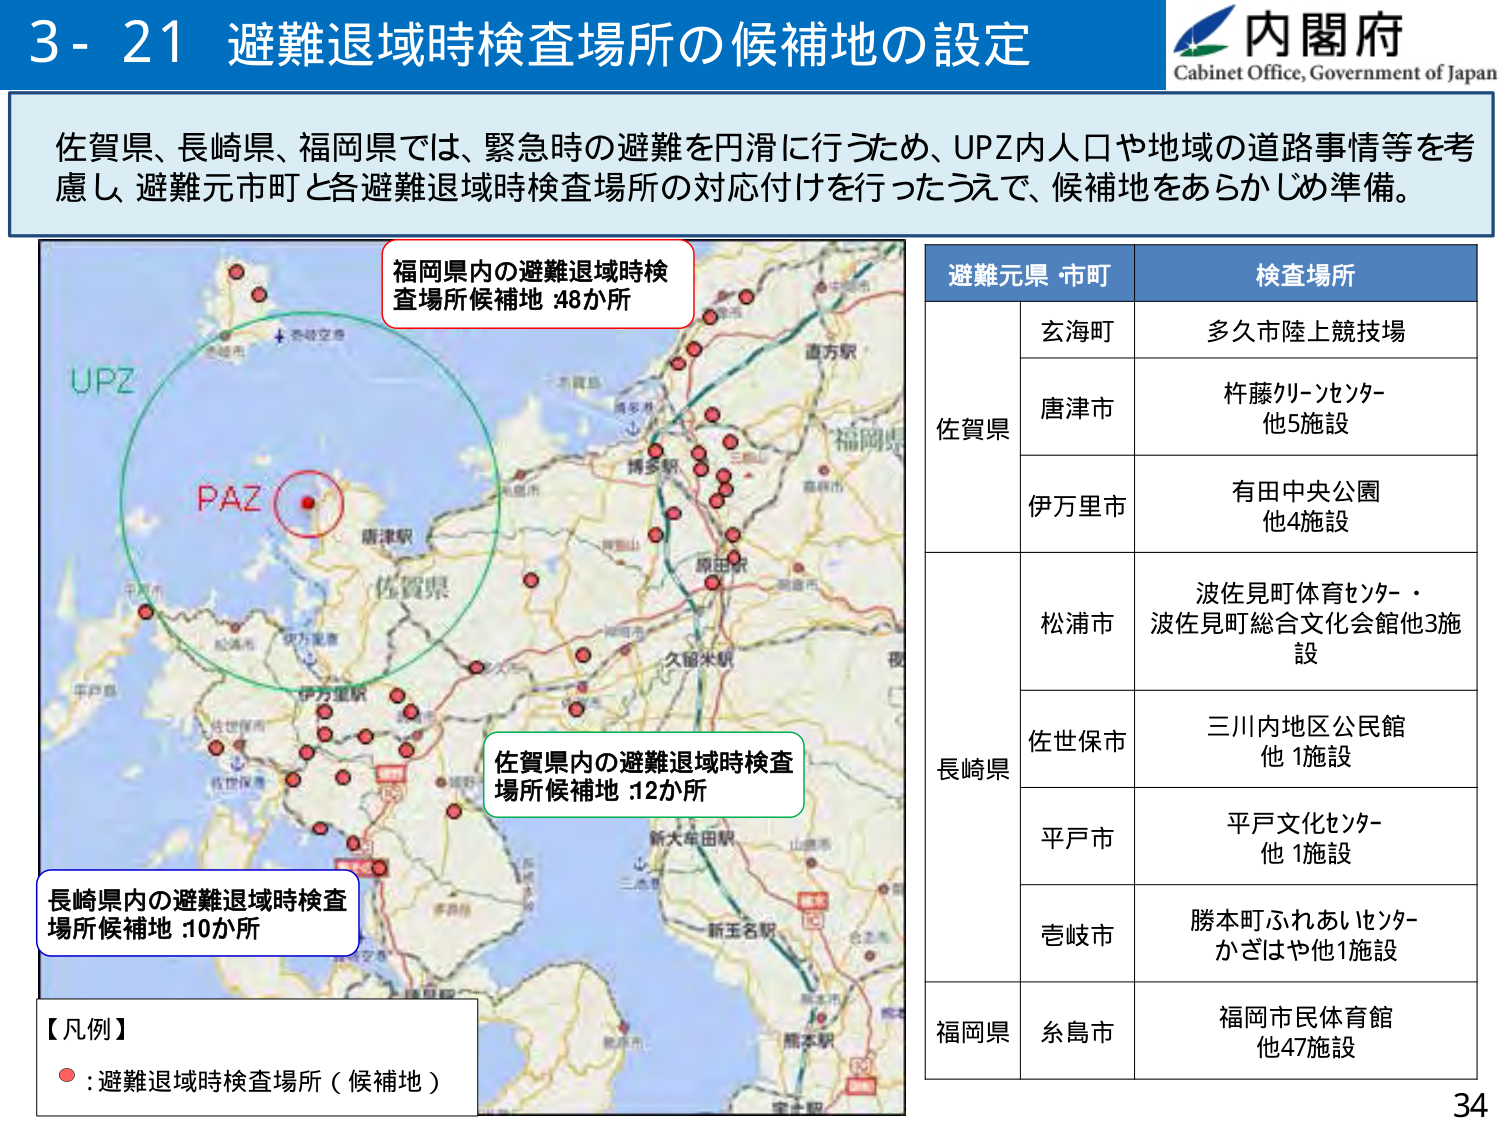
3 - 21 避難退域時検査場所の候補地の設定
内閣府
Cabinet Office, Government of Japan

佐賀県、長崎県、福岡県では、緊急時の避難を円滑に行うため、UPZ内人口や地域の道路事情等を考慮し、避難元市町と各避難退域時検査場所の対応付けを行ったうえで、候補地をあらかじめ準備。

福岡県内の避難退域時検査場所候補地 :48か所
佐賀県内の避難退域時検査場所候補地 :12か所
長崎県内の避難退域時検査場所候補地 :10か所

【凡例】
● : 避難退域時検査場所（候補地）

避難元県・市町　　　　　検査場所
佐賀県　　　　　　　　　玄海町　　　　　多久市陸上競技場
　　　　　　　　　　　　唐津市　　　　　杵藤クリーンセンター
　　　　　　　　　　　　　　　　　　　　　他5施設
　　　　　　　　　　　　伊万里市　　　　有田中央公園
　　　　　　　　　　　　　　　　　　　　　他4施設
長崎県　　　　　　　　　松浦市　　　　　波佐見町体育センター・
　　　　　　　　　　　　　　　　　　　　　波佐見町総合文化会館他3施設
　　　　　　　　　　　　佐世保市　　　　三川内地区公民館
　　　　　　　　　　　　　　　　　　　　　他1施設
　　　　　　　　　　　　平戸市　　　　　平戸文化センター
　　　　　　　　　　　　　　　　　　　　　他1施設
　　　　　　　　　　　　壱岐市　　　　　勝本町ふれあいセンター
　　　　　　　　　　　　　　　　　　　　　かざはや他1施設
福岡県　　　　　　　　　糸島市　　　　　福岡市民体育館
　　　　　　　　　　　　　　　　　　　　　他47施設

34